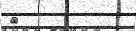
١